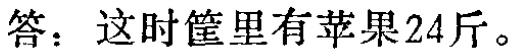
答：这时筐里有苹果24斤。